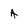
Character: a